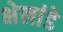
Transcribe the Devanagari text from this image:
भेलांडे